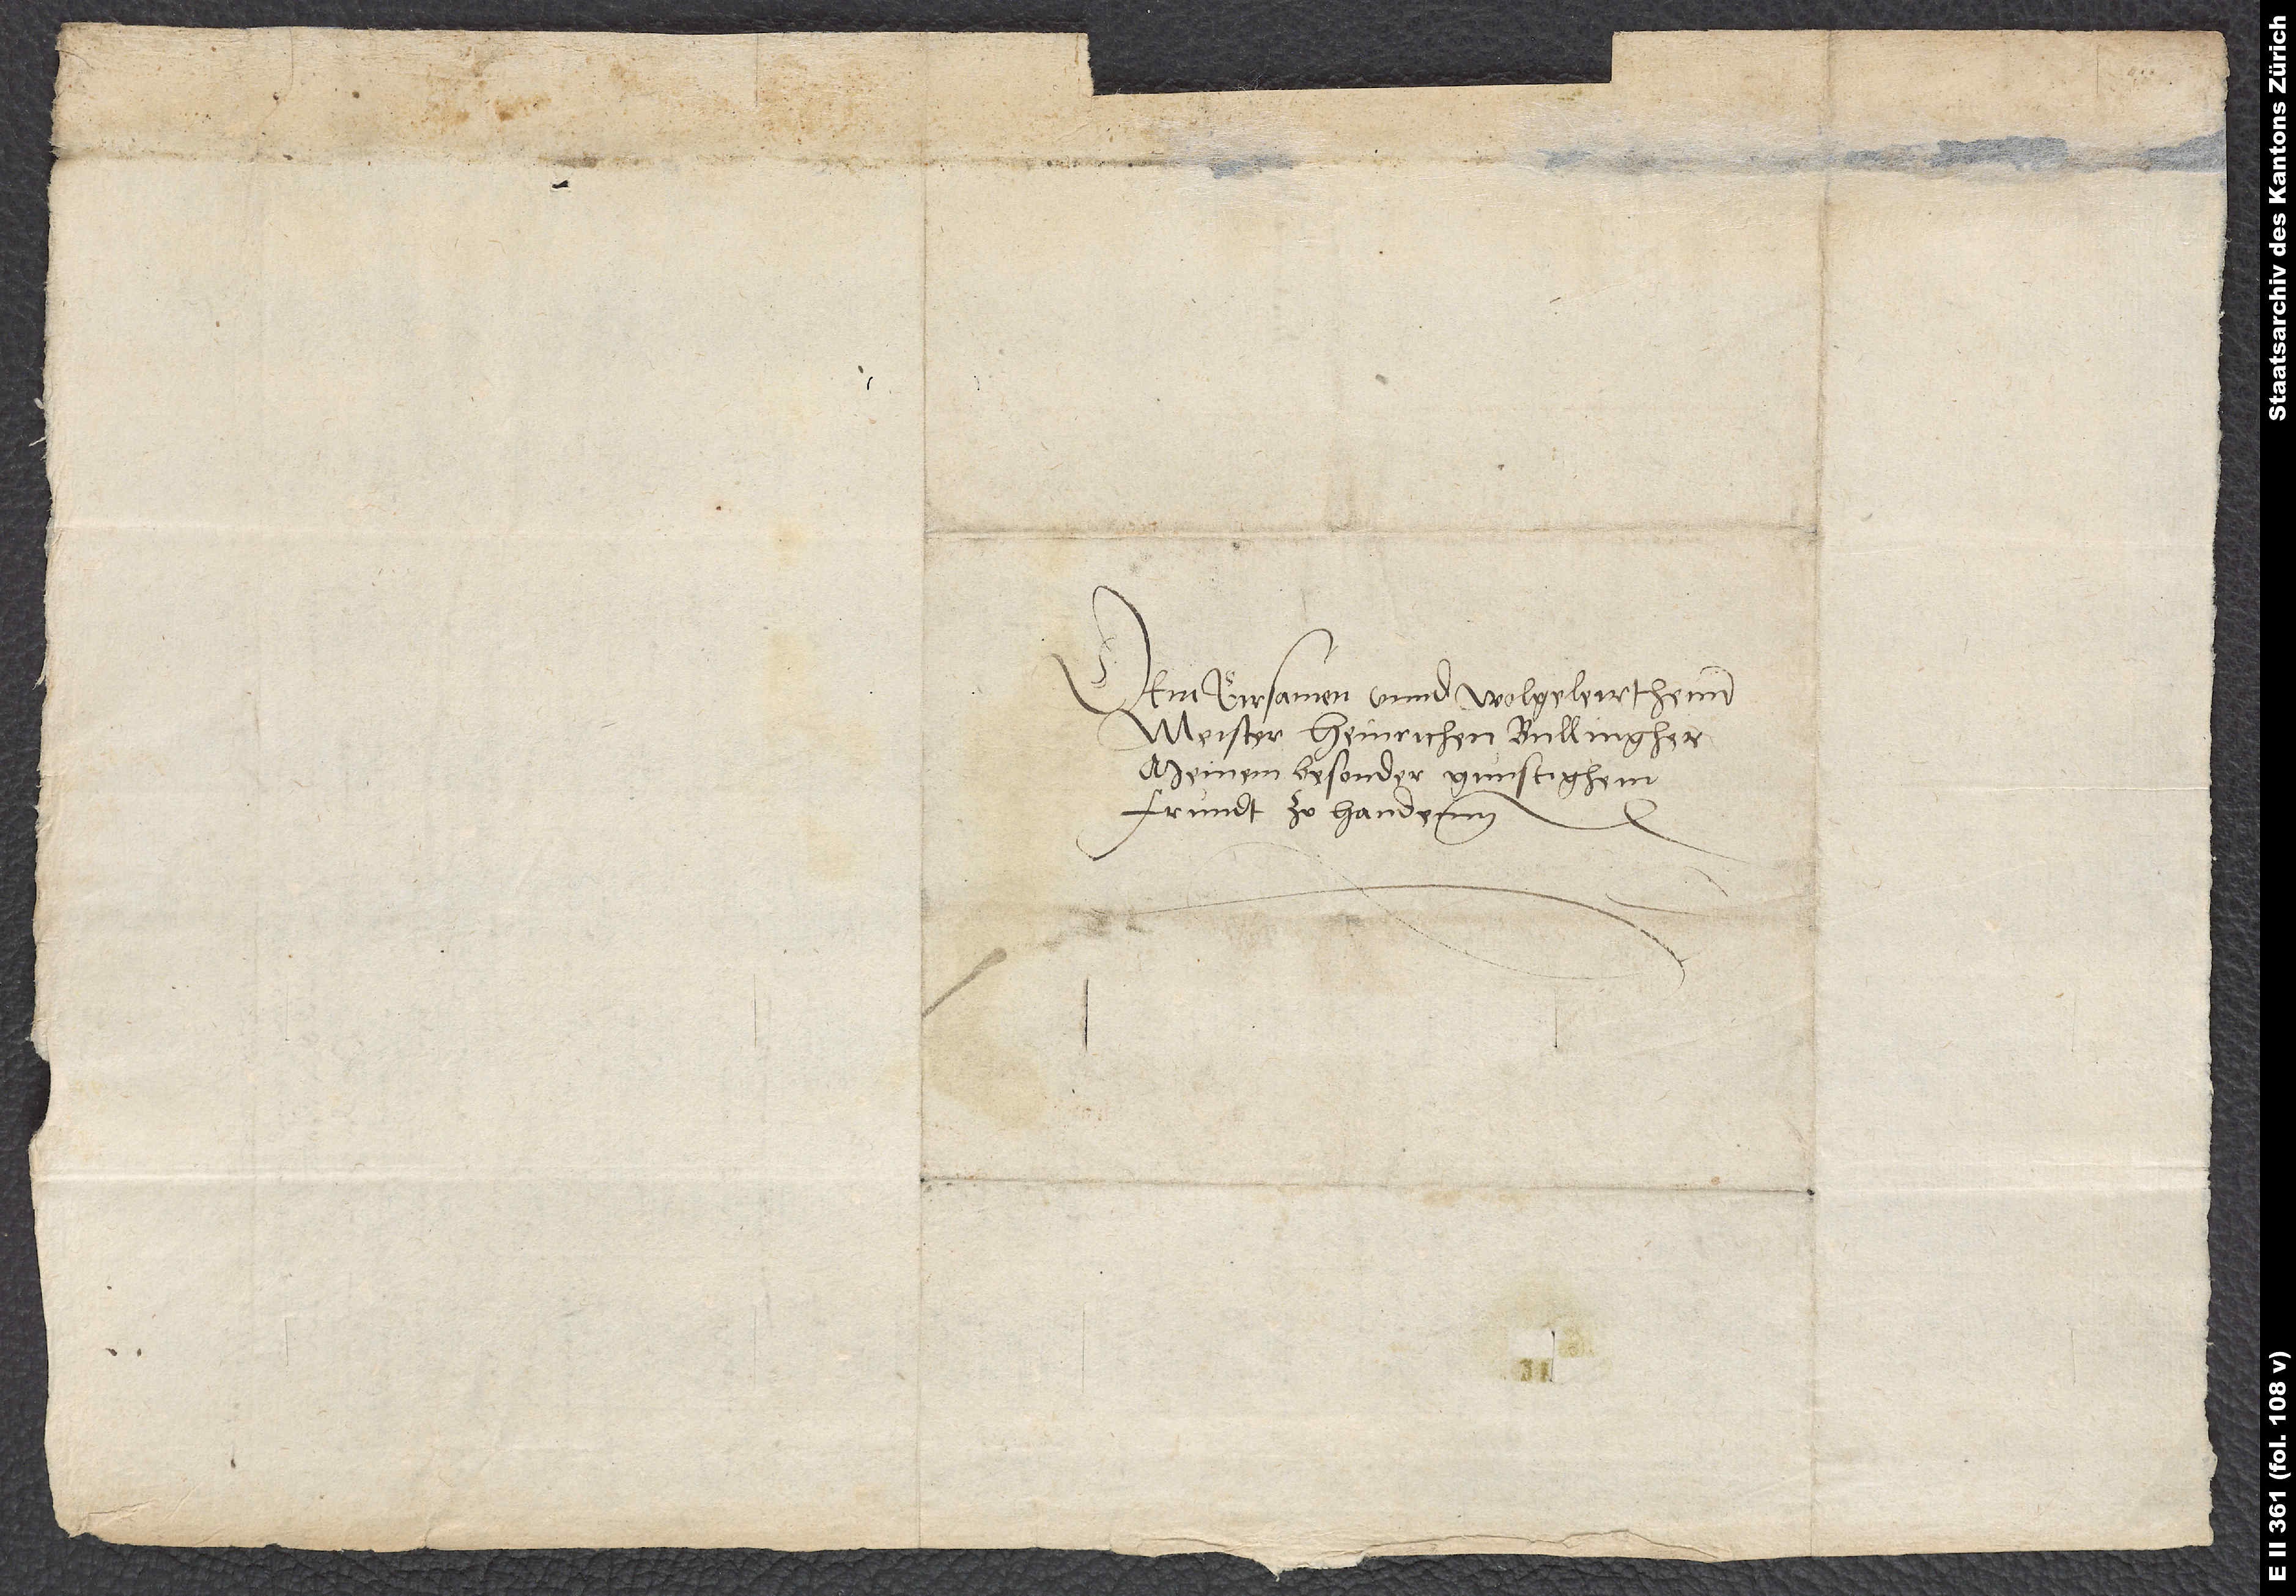
Dem eirsamen und wolgeleirthenn
Meister Heinrichen Bullingher,
meinem besonder gunstighem
frundt, zo handenn.